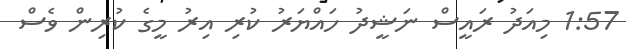
1:57 މިއަދު ރައީސް ނަޝީދު ހައްޔަރު ކުރި އިރު މީގެ ކުރިން ވެސް